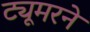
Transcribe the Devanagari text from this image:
ट्यूमरने